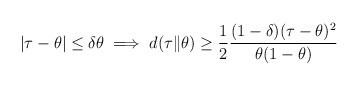
LaTeX: \begin{align*}|\tau-\theta|\le \delta \theta \implies d(\tau\| \theta)\ge \frac{1}{2} \frac{(1-\delta)(\tau-\theta)^2}{\theta(1-\theta)} \end{align*}